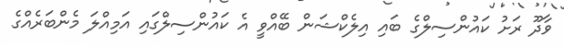
ވާދޫ ރަށު ކައުންސިލްގެ ބައި އިލެކްޝަން ބޭއްވީ އެ ކައުންސިލްގައި އަމިއްލަ މެންބަރެއްގެ